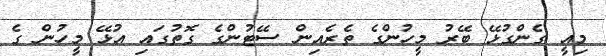
މިއީ ގެންގުޅޭ ބޭރު މީހުންގެ ތެރެއިން ސޭޓުންގެ ގޮތުގައި އުޅޭ މީހުން ގެ